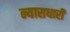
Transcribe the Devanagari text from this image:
न्यासधारी